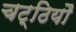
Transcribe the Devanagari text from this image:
चट्ठियौ